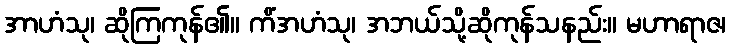
အာဟံသု၊ ဆိုကြကုန်၏။ ကိံအဟံသု၊ အဘယ်သို့ဆိုကုန်သနည်း။ မဟာရာဇ၊